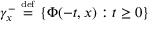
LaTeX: \gamma _ { x } ^ { - } \ { \overset { \underset { \mathrm { d e f } } { } } { = } } \ \{ \Phi ( - t , x ) : t \geq 0 \}